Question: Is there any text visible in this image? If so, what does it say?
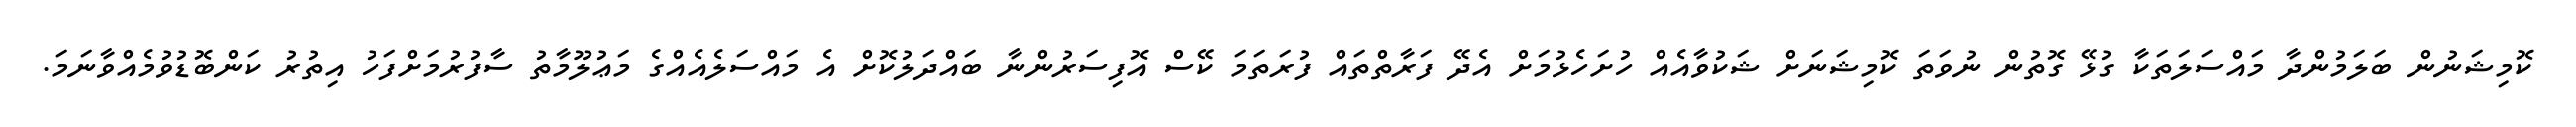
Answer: ކޮމިޝަނުން ބަލަމުންދާ މައްސަލަތަކާ ގުޅޭ ގޮތުން ނުވަތަ ކޮމިޝަނަށް ޝަކުވާއެއް ހުށަހެޅުމަށް އެދޭ ފަރާތްތައް ފުރަތަމަ ކޭސް އޮފިސަރުންނާ ބައްދަލުކޮށް އެ މައްސަލެއެއްގެ މަޢުލޫމާތު ސާފުރުމަށްފަހު އިތުރު ކަންބޮޑުވުމެއްވާނަމަ.